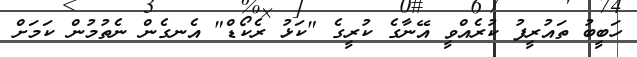
ހަބީބު ތައުރީފު ކުރެއްވީ އޭނާގެ ކުރީގެ "ކަޅު ރެކޯޑް" އެނގެން ނެތުމުން ކަމަށް